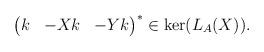
LaTeX: \begin{align*} \begin{pmatrix} k & -X k & -Y k\end{pmatrix}^* \in \ker(L_A(X)).\end{align*}